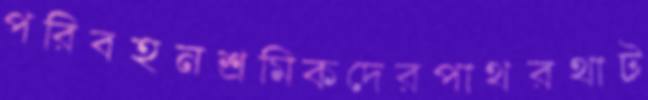
পরিবহনশ্রমিকদেরপাথরথাট